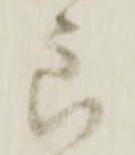
郎